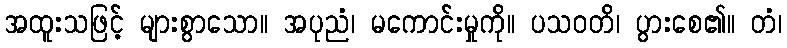
အထူးသဖြင့် များစွာသော။ အပုညံ၊ မကောင်းမှုကို။ ပသဝတိ၊ ပွားစေ၏။ တံ၊